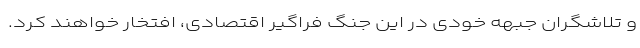
و تلاشگران جبهه خودی در این جنگ فراگیر اقتصادی، افتخار خواهند کرد.